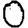
Digit: 0